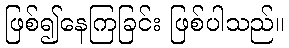
ဖြစ်၍နေကြခြင်း ဖြစ်ပါသည်။